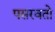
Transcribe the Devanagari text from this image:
पसरवतो